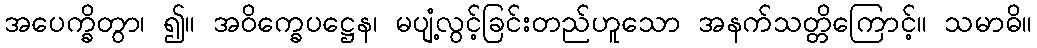
အပေက္ခိတွာ၊ ၍။ အဝိက္ခေပဋ္ဌေန၊ မပျံ့လွင့်ခြင်းတည်ဟူသော အနက်သတ္တိကြောင့်။ သမာဓိ။